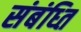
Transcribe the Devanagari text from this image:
संबंध्ति